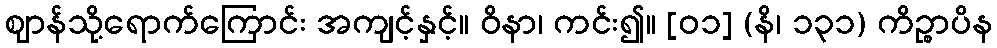
ဈာန်သို့ရောက်ကြောင်း အကျင့်နှင့်။ ဝိနာ၊ ကင်း၍။ [၀၁] (နိ၊ ၁၃၁) ကိဉ္စာပိန